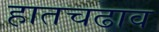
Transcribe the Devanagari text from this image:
हातचढाव